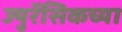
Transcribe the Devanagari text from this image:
ज्युरॅसिकच्या